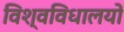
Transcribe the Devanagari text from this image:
विश्वविधालयों